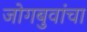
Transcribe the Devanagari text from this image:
जोगबुवांचा